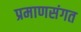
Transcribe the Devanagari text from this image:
प्रमाणसंगत